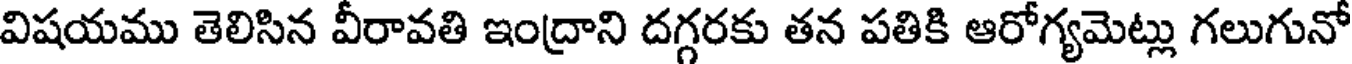
విషయము తెలిసిన వీరావతి ఇంద్రాని దగ్గరకు తన పతికి ఆరోగ్యమెట్లు గలుగునో